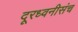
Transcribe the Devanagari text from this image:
दूरध्वनीसंच